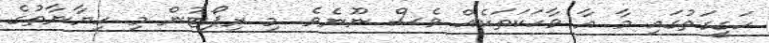
ހަގީގަތުގައި މާ އާ ވާހަކަތަކެއް ވެސް ނޫނެވެ. މި ރިޕޯޓުން މި ހިޔާނާތުގެ